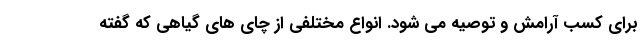
برای کسب آرامش و توصیه می شود. انواع مختلفی از چای های گیاهی که گفته